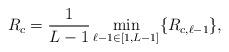
LaTeX: \begin{align*}R_{c}=\frac{1}{L-1}\min_{\ell-1\in[1,L-1]}\{R_{c,\ell-1}\},\end{align*}